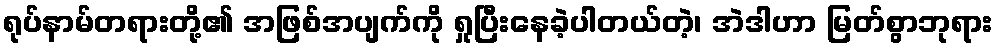
ရုပ်နာမ်တရားတို့၏ အဖြစ်အပျက်ကို ရှုပြီးနေခဲ့ပါတယ်တဲ့၊ အဲဒါဟာ မြတ်စွာဘုရား